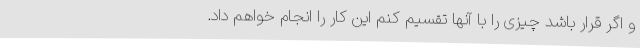
و اگر قرار باشد چیزی را با آنها تقسیم کنم این کار را انجام خواهم داد.